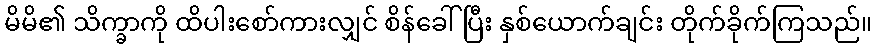
မိမိ၏ သိက္ခာကို ထိပါးစော်ကားလျှင် စိန်ခေါ်ပြီး နှစ်ယောက်ချင်း တိုက်ခိုက်ကြသည်။